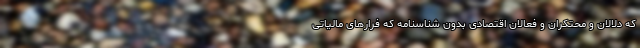
که دلالان و محتکران و فعالان اقتصادی بدون شناسنامه که فرارهای مالیاتی